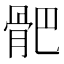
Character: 𩨜